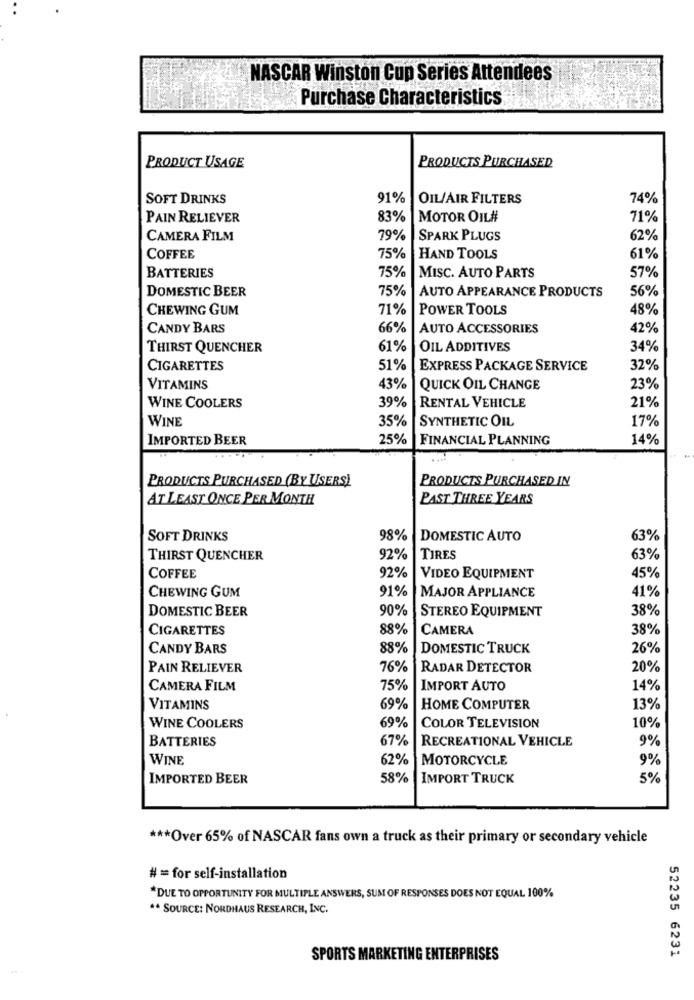
NASCAR Winston Cup Series Attendees
Purchase Characteristics
PRODUCTS PURCHASED
PRODUCT USAGE
SOFT DRINKS
91%
OIL/AIR FILTERS
74%
PAIN RELIEVER
83%
MOTOR OIL#
71%
CAMERA FILM
79%
SPARK PLUGS
62%
COFFEE
75%
HAND TOOLS
61%
75%
57%
BATTERIES
MISC. AUTO PARTS
DOMESTIC BEER
75%
AUTO APPEARANCE PRODUCTS
56%
CHEWING GUM
71%
POWER TOOLS
48%
CANDY BARS
66%
AUTO ACCESSORIES
42%
THIRST QUENCHER
61%
OIL ADDITIVES
34%
CIGARETTES
51%
EXPRESS PACKAGE SERVICE
32%
VITAMINS
43%
QUICK OIL CHANGE
23%
21%
WINE COOLERS
39%
RENTAL VEHICLE
WINE
35%
SYNTHETIC OIL
17%
IMPORTED BEER
25%
FINANCIAL PLANNING
14%
PRODUCTS PURCHASED (BY USERS)
PRODUCTS PURCHASED IN
AT LEAST ONCE PER MONTH
PAST THREE YEARS
SOFT DRINKS
98%
DOMESTIC AUTO
63%
THIRST QUENCHER
92%
TIRES
63%
45%
COFFEE
92%
VIDEO EQUIPMENT
91%
41%
CHEWING GUM
MAJOR APPLIANCE
DOMESTIC BEER
90%
STEREO EQUIPMENT
38%
CIGARETTES
88%
CAMERA
38%
CANDY BARS
88%
DOMESTIC TRUCK
26%
PAIN RELIEVER
76%
RADAR DETECTOR
20%
CAMERA FILM
75%
IMPORT AUTO
14%
VITAMINS
69%
HOME COMPUTER
13%
69%
10%
WINE COOLERS
COLOR TELEVISION
BATTERIES
67%
RECREATIONAL VEHICLE
9%
WINE
62%
MOTORCYCLE
9%
IMPORTED BEER
58%
IMPORT TRUCK
5%
*** Over 65% of NASCAR fans own a truck as their primary or secondary vehicle
# = for self-installation
*DUE TO OPPORTUNITY FOR MULTIPLE ANSWERS, SUM OF RESPONSES DOES NOT EQUAL 100%
** SOURCE: NORDHAUS RESEARCH, INC.
SPORTS MARKETING ENTERPRISES
52235 6231